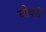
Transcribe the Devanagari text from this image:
बीवरों